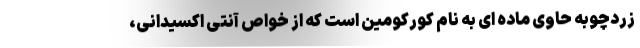
زردچوبه حاوی ماده ای به نام کورکومین است که از خواص آنتی اکسیدانی،